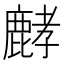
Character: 𪊷